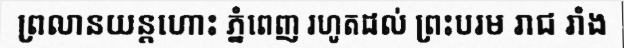
ព្រលានយន្តហោះ ភ្នំពេញ រហូតដល់ ព្រះបរម រាជ រាំង